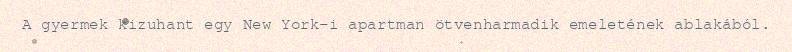
A gyermek kizuhant egy New York-i apartman ötvenharmadik emeletének ablakából.